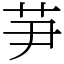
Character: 芛